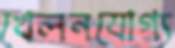
খেলনযোগ্য